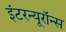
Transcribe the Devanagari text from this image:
इंटरन्यूरॉन्स